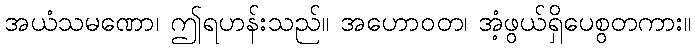
အယံသမဏော၊ ဤရဟန်းသည်။ အဟောဝတ၊ အံ့ဖွယ်ရှိပေစွတကား။